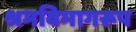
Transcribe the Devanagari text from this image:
श्रमविभागरूप